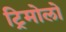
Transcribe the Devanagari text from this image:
ट्रिमोलो